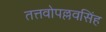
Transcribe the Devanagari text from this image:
तत्तवोपल्लवसिंह